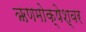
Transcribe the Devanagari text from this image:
ऋणमोक्षेश्वर